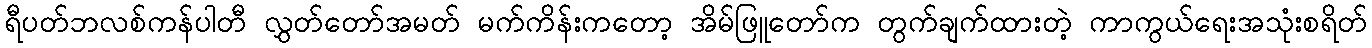
ရီပတ်ဘလစ်ကန်ပါတီ လွှတ်တော်အမတ် မက်ကိန်းကတော့ အိမ်ဖြူတော်က တွက်ချက်ထားတဲ့ ကာကွယ်ရေးအသုံးစရိတ်